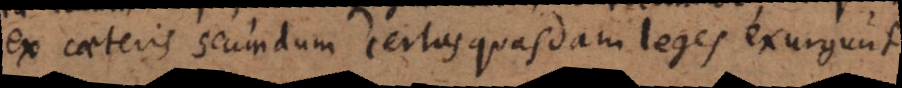
ex caeteris secundum certas quasdam leges exurgunt